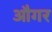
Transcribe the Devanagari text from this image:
औगर